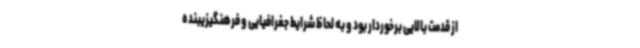
از قدمت بالایی برخوردار بود و به لحاظ شرایط جغرافیایی و فرهنگیزیبنده